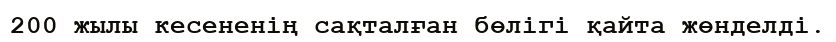
200 жылы кесененің сақталған бөлігі қайта жөнделді.